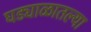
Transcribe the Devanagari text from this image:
घड्याळातल्या